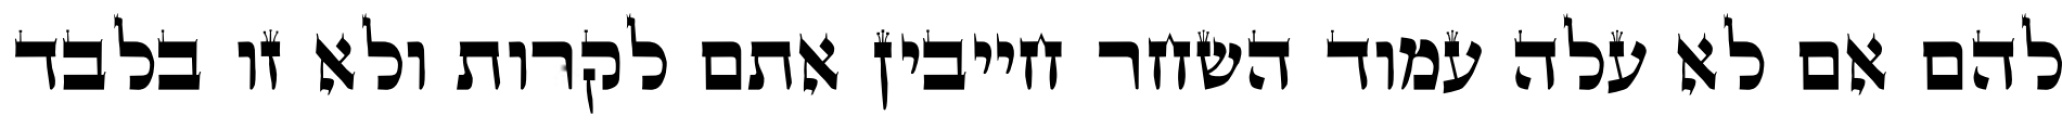
להם אם לא עלה עמוד השחר חייבין אתם לקרות ולא זו בלבד